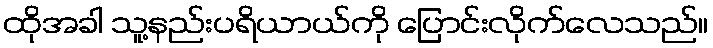
ထိုအခါ သူ့နည်းပရိယာယ်ကို ပြောင်းလိုက်လေသည်။